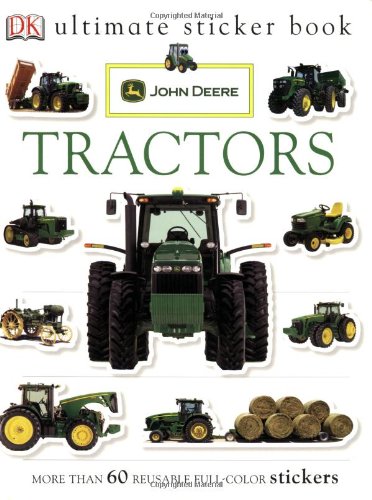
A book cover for Ultimate Sticker Book: John Deere: Tractors (Ultimate Sticker Books); DK Publishing; Children's Books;